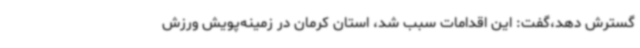
گسترش دهد،گفت: این اقدامات سبب شد، استان کرمان در زمینه‌پویش ورزش